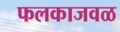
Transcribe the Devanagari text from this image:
फलकाजवळ